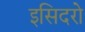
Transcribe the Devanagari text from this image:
इसिदरो